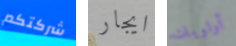
شركتكم ايجار أولويات